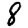
Digit: 8